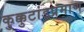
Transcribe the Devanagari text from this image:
कुक्कुटांडप्रमाण